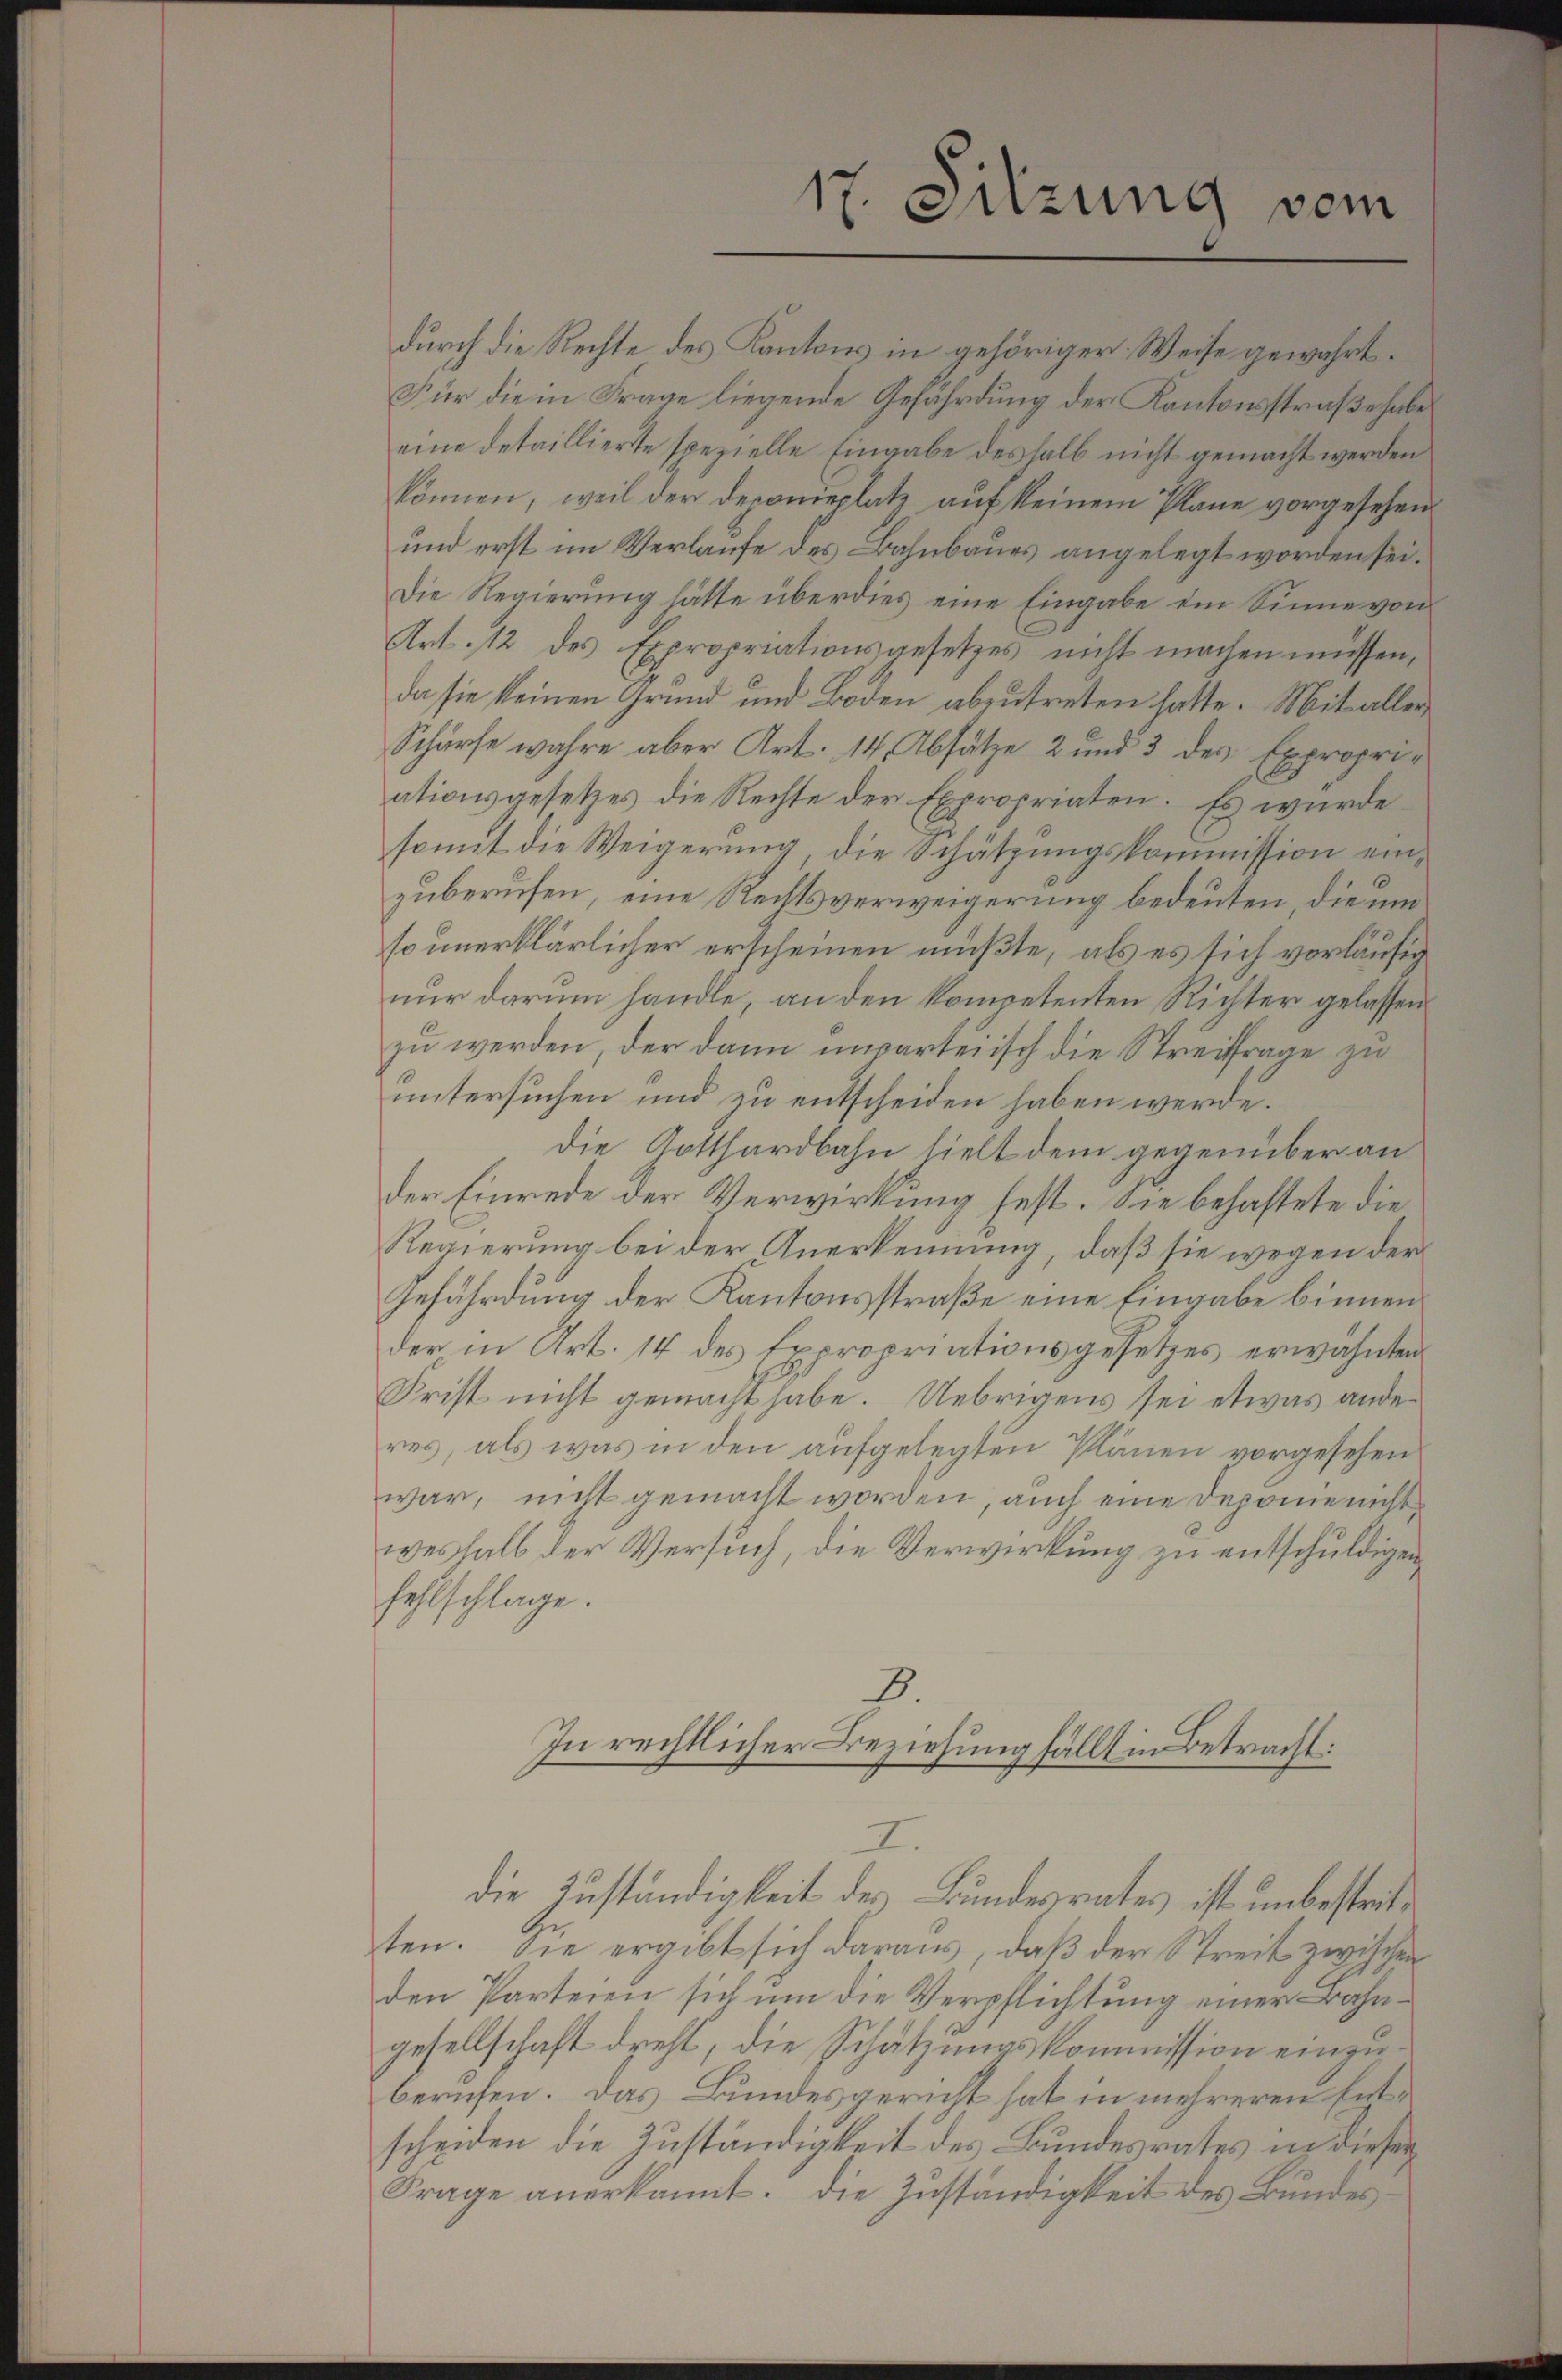
17. Sitzung vom

durch die Rechte des Kantons in gehöriger Weise gewährt.
Für die in Frage liegende Gefährdung der Kantonsstraße habe
eine detaillierte spezielle Eingabe deshalb nicht gemacht werden
können, weil der Deponieplatz auf keinem Plane vorgesehen
und erst im Verlaufe des Bahnbaues angelegt worden sei.
Die Regierung hätte überdies eine Eingabe ein Sinne von
Art. 12 des Expropriationsgesetzes nicht machen müssen,
da sie keinen Grund und Boden abzutreten hatte. Mit aller
Schürfe wahre aber Art. 14. Absätze 2 und 3 des Expropriationsgesetzes die Rechte der Expropriaten. Es wurde
somit die Weigerung, die Schätzungskommission einzuberufen, eine Rechtsverweigerung bedeuten, die um
so unerklärlicher erscheinen müßte, als es sich vorläufig
nur darum handle, an den kompetenten Richter gelassen
zu werden, der dann unparteiisch die Streitfrage zu
untersuchen und zu entscheiden haben werde.
Die Gotthardbahn, hielt dem gegenüber an
der Einrede der Verwirkung fest. Sie behaftete die
Regierung bei der Anerkennung, daß sie wegen der
Gefährdung der Kantonsstraße eine Eingabe binnen.
der in Art. 14 des Expropriationsgesetzes erwähnten
Frist nicht gemacht habe. Uebrigens sei etwas anderes, als was in den aufgelegten Plänen vorgesehen
war, nicht gemacht worden, auch eine Deponie nicht
weshalb der Versuch, die Verwirkung zu entschuldigen
fehlschlage.
3.
In rechtlicher Beziehung fällt in Betracht:
I.
die Zuständigkeit des Bundesrates ist unbestritten. Sie ergibt sich daraus, daß der Streit zwischen
den Parteien sich um die Verpflichtung einer Bahngesellschaft drest, die Schätzungskommission einzuberufen. Das Bundesgericht hat in mehreren Entscheiden die Zuständigkeit des Bundesrates in dieser
Frage anerkannt. Die Zuständigkeit des Bundes¬